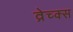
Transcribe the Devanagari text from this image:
व्रेच्क्स